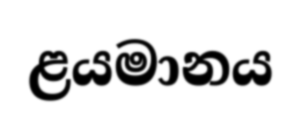
ළයමානය